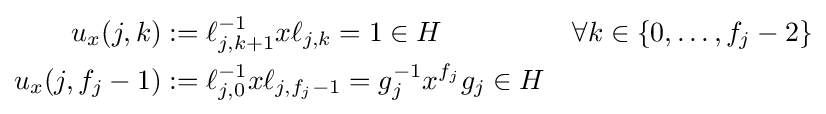
{\begin{aligned}u_{x}(j,k)&:=\ell _{j,k+1}^{-1}x\ell _{j,k}=1\in H&&\forall k\in \{0,\ldots ,f_{j}-2\}\\u_{x}(j,f_{j}-1)&:=\ell _{j,0}^{-1}x\ell _{j,f_{j}-1}=g_{j}^{-1}x^{f_{j}}g_{j}\in H\end{aligned}}